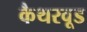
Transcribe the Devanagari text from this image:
कैथरवूड